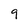
Character: 9